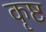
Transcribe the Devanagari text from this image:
कृष्ट